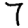
Digit: 7